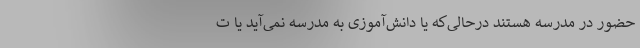
حضور در مدرسه هستند درحالی‌که یا دانش‌آموزی به مدرسه نمی‌آید یا ت